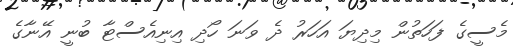
މެސީގެ ފަހަތުން މިދިޔަ އަހަރު ދެ ވަނަ ހޯދި އިނިއެސްޓާ ބުނީ އޭނާގެ